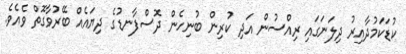
ކުޑަކަމުދާއިރު ދިލަނަގައި ރިއްސުން އަދި ކުރިން ބުނިހެން ދޮސްފާނޑުގެ ދިޔައެއް ބޭރުވާގޮތް ވެއެވެ.